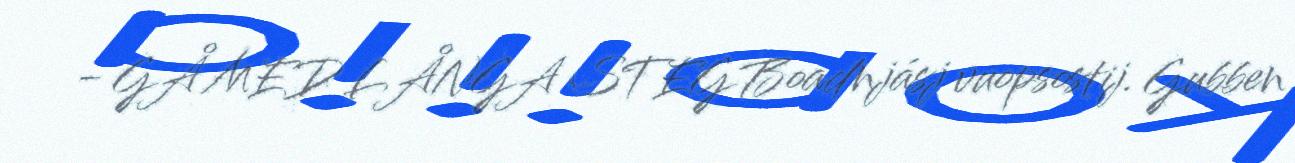
- GÅ MED LÅNGA STEG Boadnjásj vuopsostij. Gubben